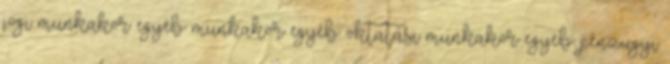
jogi munkakör egyéb munkakör egyéb oktatási munkakör egyéb pénzügyi